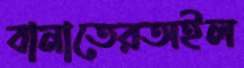
বানাতেরঅইল